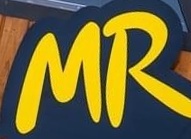
MR